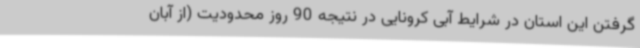
گرفتن این استان در شرایط آبی کرونایی در نتیجه 90 روز محدودیت (از آبان